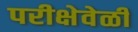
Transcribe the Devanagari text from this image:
परीक्षेवेळी